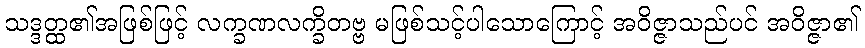
သဒ္ဒတ္ထ၏အဖြစ်ဖြင့် လက္ခဏလက္ခိတဗ္ဗ မဖြစ်သင့်ပါသောကြောင့် အဝိဇ္ဇာသည်ပင် အဝိဇ္ဇာ၏